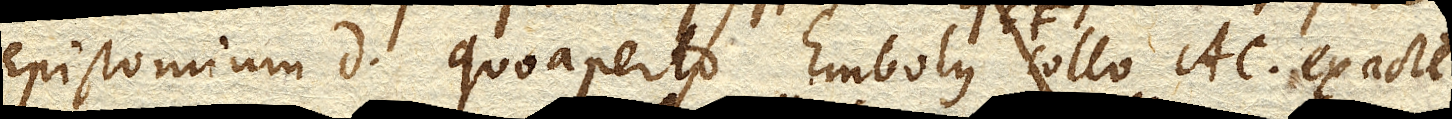
Epistomium D. quo aperto Embolus EF. collo AC. exacte